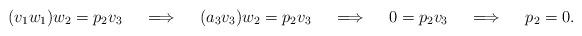
LaTeX: \begin{align*}(v_1w_1)w_2=p_2v_3 \ \ \ \implies \ \ \ (a_3v_3)w_2=p_2v_3 \ \ \ \implies \ \ \ 0=p_2v_3 \ \ \ \implies \ \ \ p_2=0.\end{align*}